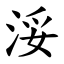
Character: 浽